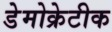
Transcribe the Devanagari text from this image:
डेेमोक्रेटीक